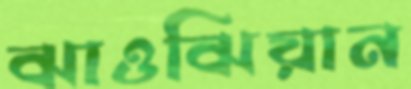
ঝাওঝিয়ান